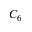
C _ { 6 }